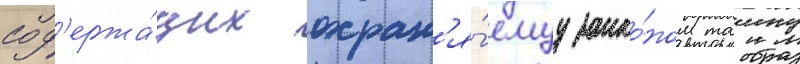
сод'ержа́щих охран'я́емуу зако́ном таину